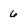
Character: 6